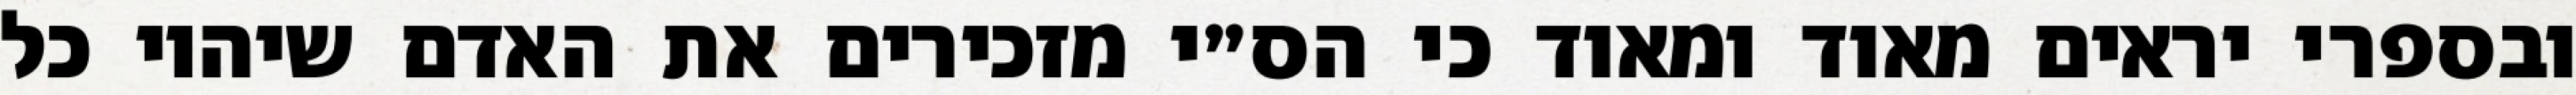
ובספרי יראים מאוד ומאוד כי הס״י מזכירים את האדם שיהיו כל